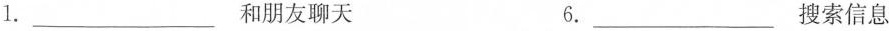
1.___和朋友聊天 6.___搜索信息